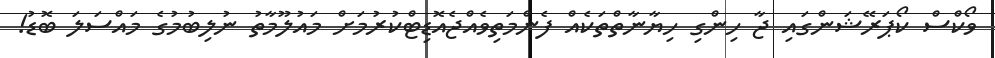
ވޯކްސް ކޯޕަރޭޝަންގައި ޖާ ހިންގި ހިޔާނާތްތަކެއް ފެންމަތިވެއްޖެއޮޑިޓްކުރުމަށް މައުލޫމާތު ނުލިބުމުގެ މައްސަލަ ބޮޑު!